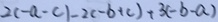
2 ( - a - c ) - 2 ( - b + c ) + 3 ( - b - a )